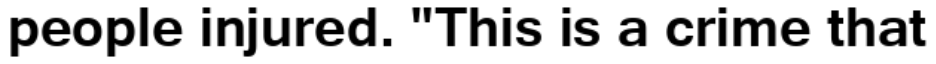
people injured. "This is a crime that